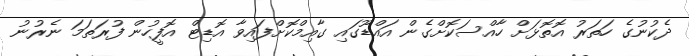
ދެކުނުގެ ހަތަރު އޮތޮޅަށް ހާއްސަކޮށްގެން އައްޑޫގައި ގާއިމްކޮށްފައިވާ އޮޑިޓް އޮފީހުން ފުރަތަމަ ނެރުނު